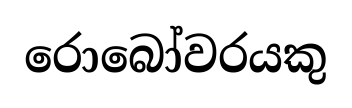
රොබෝවරයකු